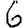
Digit: 6